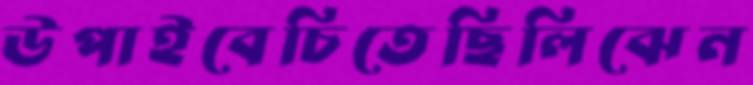
উপাইবেচিতেছিলিঝেন